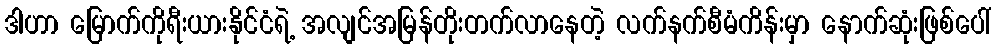
ဒါဟာ မြောက်ကိုရီးယားနိုင်ငံရဲ့ အလျင်အမြန်တိုးတက်လာနေတဲ့ လက်နက်စီမံကိန်းမှာ နောက်ဆုံးဖြစ်ပေါ်